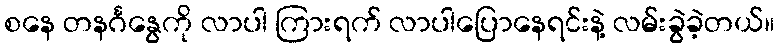
စနေ တနင်္ဂနွေကို လာပါ ကြားရက် လာပါပြောနေရင်းနဲ့ လမ်းခွဲခဲ့တယ်။